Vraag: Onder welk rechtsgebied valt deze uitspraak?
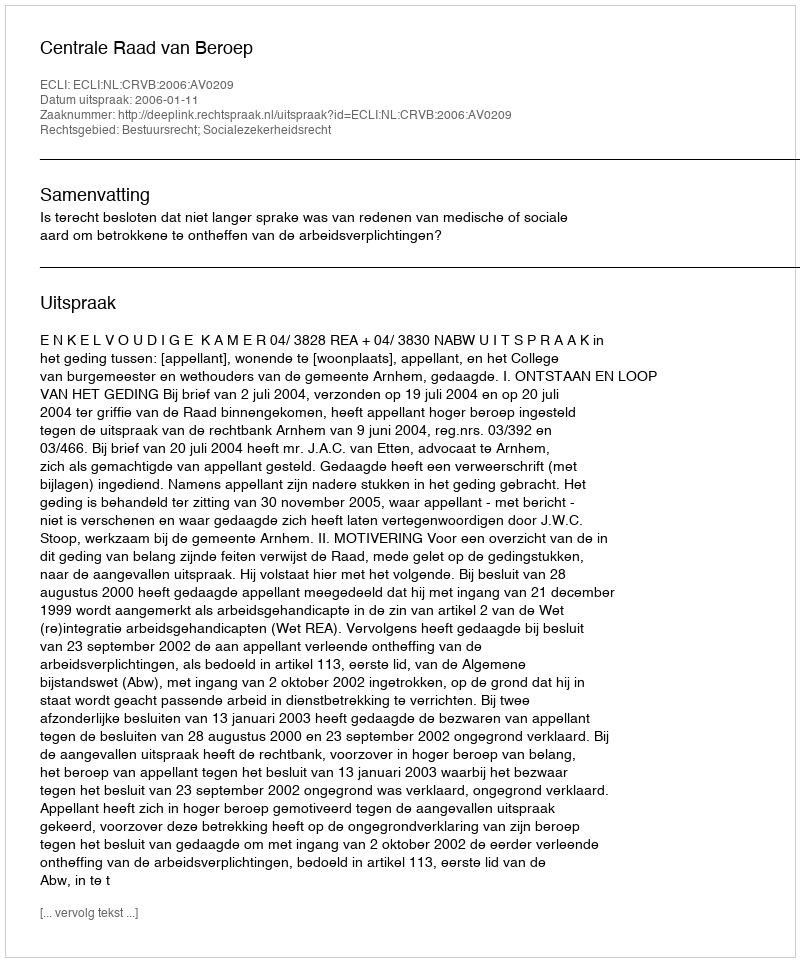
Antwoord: Bestuursrecht; Socialezekerheidsrecht